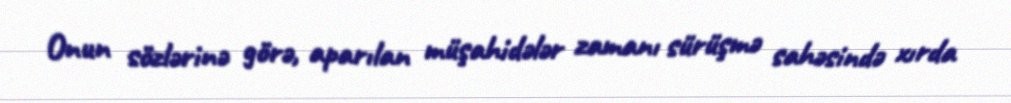
Onun sözlərinə görə, aparılan müşahidələr zamanı sürüşmə sahəsində xırda